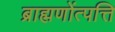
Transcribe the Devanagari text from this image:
ब्राह्मणोंत्पत्ति